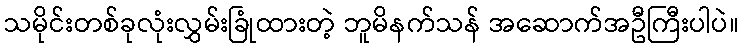
သမိုင်းတစ်ခုလုံးလွှမ်းခြုံထားတဲ့ ဘူမိနက်သန် အဆောက်အဦကြီးပါပဲ။